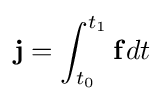
\mathbf {j} =\int _{t_{0}}^{t_{1}}\mathbf {f} dt